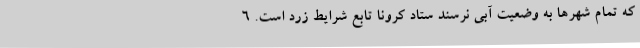
که تمام شهرها به وضعیت آبی نرسند ستاد کرونا تابع شرایط زرد است. 6